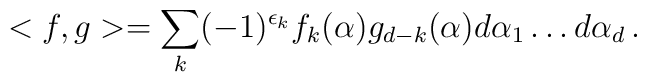
<f,g> = \sum_{k} (-1)^{\epsilon_{k}} f_{k}(\alpha )g_{d-k}(\alpha ) d\alpha_{1} \dots d\alpha_{d} \, .